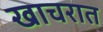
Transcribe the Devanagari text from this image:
खाचरात